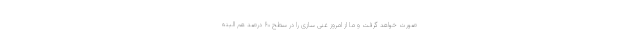
صورت خواهد گرفت و ما از امروز غنی سازی را در سطح ۶۰ درصد هم البته